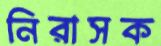
নিরাসক